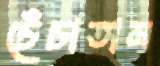
চেঁচাতাম